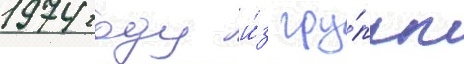
1974 году и́з гру́ппы